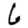
Digit: 6